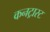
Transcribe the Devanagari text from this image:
कनट्रास्ट